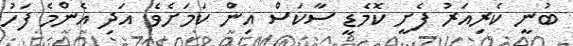
ބުނީ ކެރިއަރު ފެށީ ކޮމެޑީ ސާކަސް އިން ކަމަށެވެ. އަދި އެންމެ ފަހު